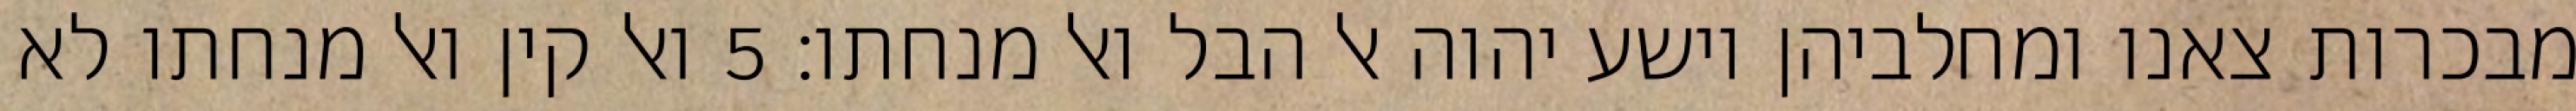
מבכרות צאנו ומחלביהן וישע יהוה אל הבל ואל מנחתו׃ ‎5‏ ואל קין ואל מנחתו לא